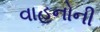
વાહનોની